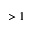
> 1